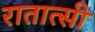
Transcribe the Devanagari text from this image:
रातात्सी